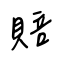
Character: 賠